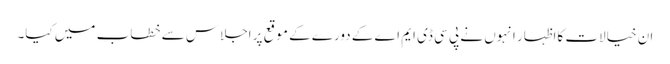
ان خیالات کااظہار انہوں نے پی سی ڈی ایم اے کے دورے کے موقع پر اجلاس سے خطاب میں کیا۔